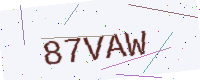
Text: 87VAW